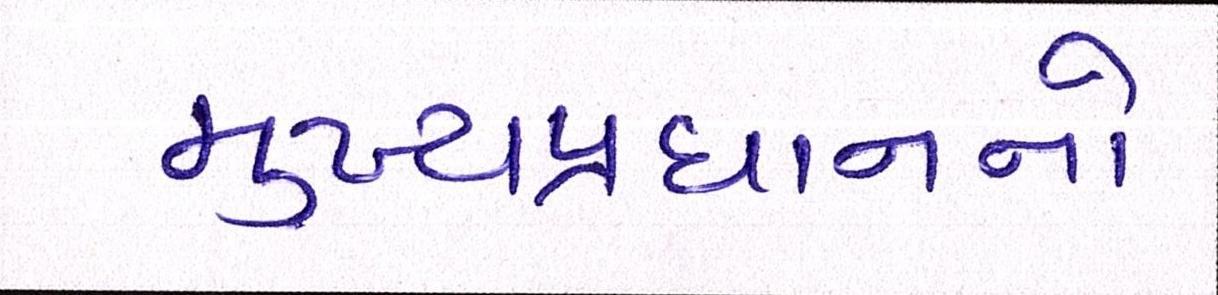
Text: મુખ્યપ્રધાનનો